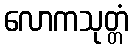
လောကသုတ္တံ